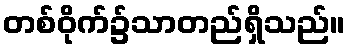
တစ်ဝိုက်၌သာတည်ရှိသည်။